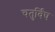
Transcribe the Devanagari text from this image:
चतुर्विंष